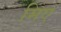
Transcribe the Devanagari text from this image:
मिए